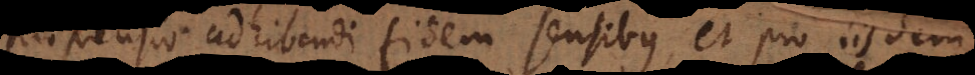
propensio adhibendi fidem sensibus, et pro iisdem